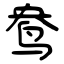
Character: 鸯